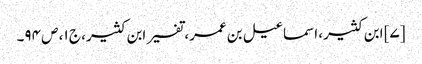
[۷] ابن کثیر، اسماعیل بن عمر، تفسیر ابن کثیر، ج ۱، ص ۹۴۔